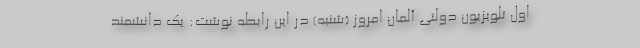
اول تلویزیون دولتی آلمان امروز (شنبه) در این رابطه نوشت: یک دانشمند